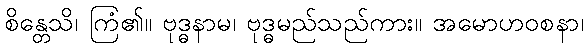
စိန္တေသိ၊ ကြံ၏။ ဗုဒ္ဓနာမ၊ ဗုဒ္ဓမည်သည်ကား။ အမောဟဝစနာ၊